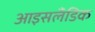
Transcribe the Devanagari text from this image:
आइसलॅंडिक